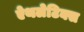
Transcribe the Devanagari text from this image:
ऐथलेटिक्स